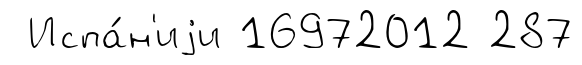
Испа́н'иjи 16972012 287